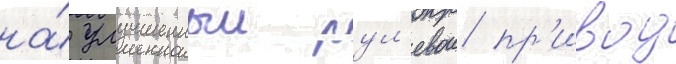
на́ улучшенныи рул'евои пр'ивод